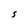
Character: S